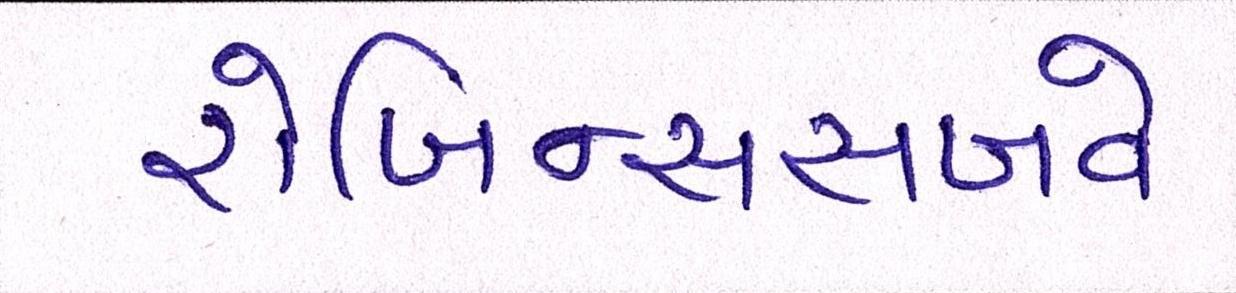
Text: રોબિન્સસબવે